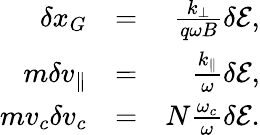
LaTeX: \begin{array}{rlr}{\delta x_{G}}&{=}&{\frac{k_{\perp}}{q\omega B}\delta\mathcal{E}\mathrm{,}}\\ {m\delta v_{\parallel}}&{=}&{\frac{k_{\parallel}}{\omega}\delta\mathcal{E}\mathrm{,}}\\ {mv_{c}\delta v_{c}}&{=}&{N\frac{\omega_{c}}{\omega}\delta\mathcal{E}\mathrm{.}}\end{array}